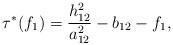
LaTeX: \begin{align*}\tau^*(f_1)=\frac{h_{12}^2}{a_{12}^2}-b_{12}-f_1,\end{align*}